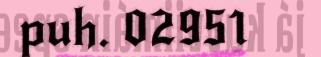
puh. 02951